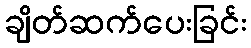
ချိတ်ဆက်ပေးခြင်း